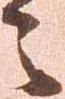
之